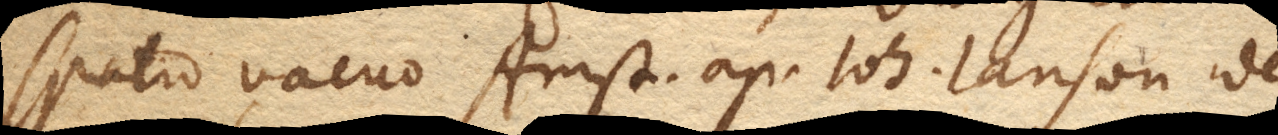
spatio vacuo Amst. ap. Joh. Janson de